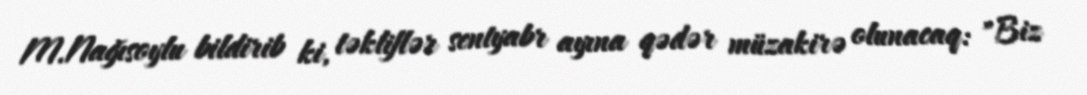
M.Nağısoylu bildirib ki, təkliflər sentyabr ayına qədər müzakirə olunacaq: "Biz